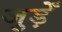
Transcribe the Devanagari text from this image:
जुड़ेँ